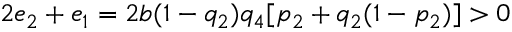
2 e _ { 2 } + e _ { 1 } = 2 b ( 1 - q _ { 2 } ) q _ { 4 } [ p _ { 2 } + q _ { 2 } ( 1 - p _ { 2 } ) ] > 0